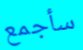
سأجمع